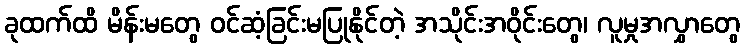
ခုထက်ထိ မိန်းမတွေ ဝင်ဆံ့ခြင်းမပြုနိုင်တဲ့ အသိုင်းအဝိုင်းတွေ၊ လူမှုအလွှာတွေ